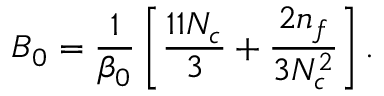
B _ { 0 } = \frac { 1 } { \beta _ { 0 } } \left[ \frac { 1 1 N _ { c } } { 3 } + \frac { 2 n _ { f } } { 3 N _ { c } ^ { 2 } } \right] .